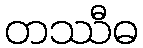
တဿီဓ